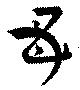
母